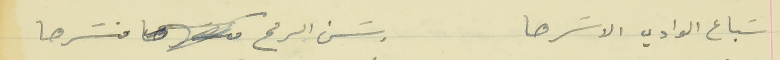
سَباع الوادي الاسَرها                                        وسَن الرمح منسَرها